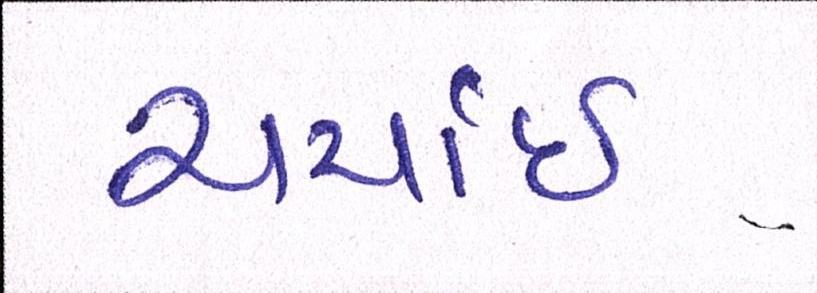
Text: ચર્ચાઇ